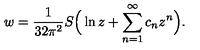
w = \frac { 1 } { 3 2 \pi ^ { 2 } } S \Big ( \ln z + \sum _ { n = 1 } ^ { \infty } c _ { n } z ^ { n } \Big ) .